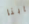
بابنا